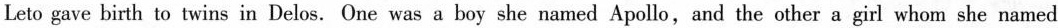
Leto gave birth to twins in Delos.One was a boy she named Apollo,and the other a girl whom she named